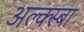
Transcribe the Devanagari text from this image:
अल्क्स्बा